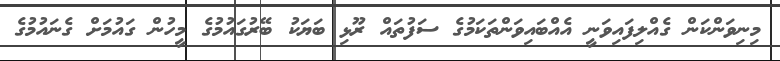
މިނިވަންކަން ގެއްލިފައިވަނީ އެއްބައިވަންތަކަމުގެ ސަފުތައް ރޫޅި ބަޔަކު ބޭރުގައުމުގެ މީހުން ގައުމަށް ގެނައުމުގެ